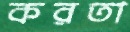
করতা